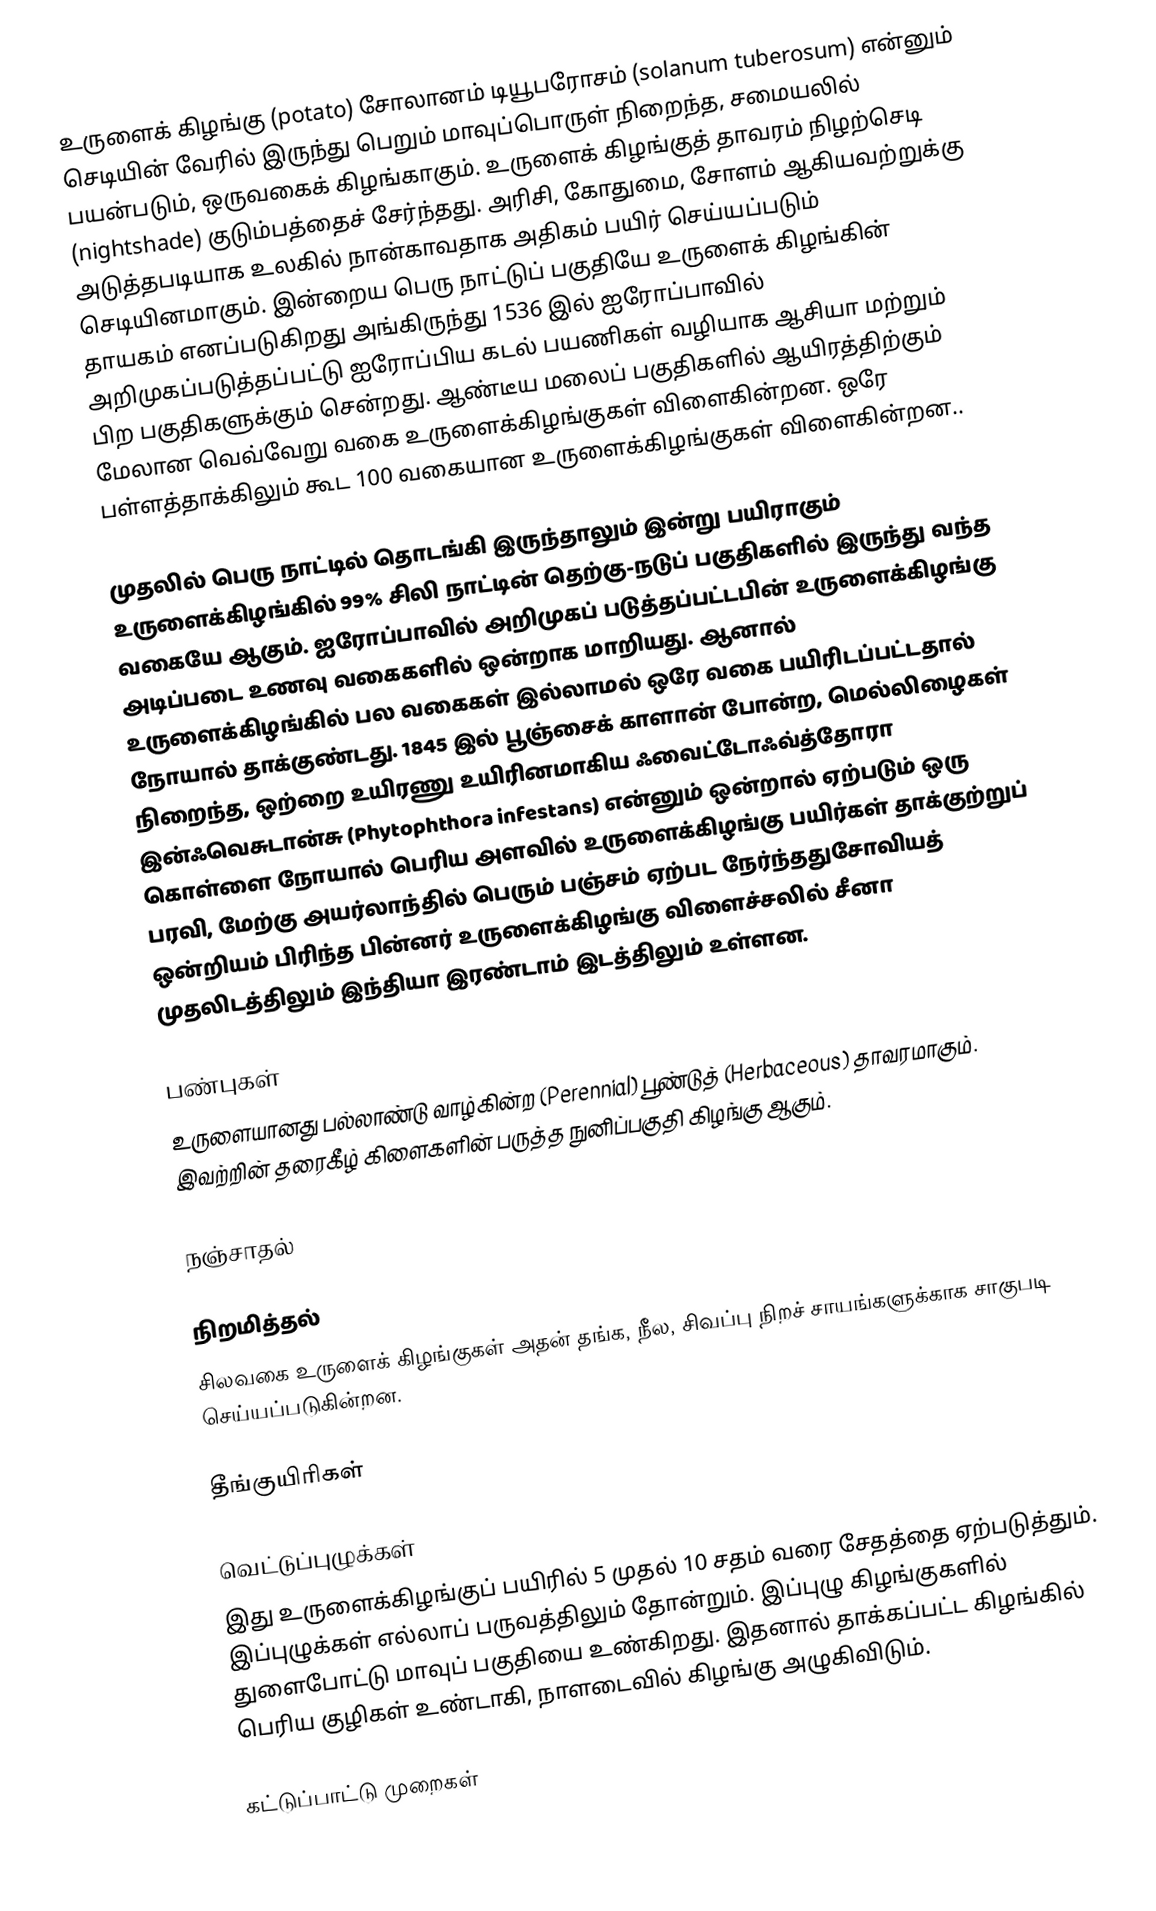
உருளைக் கிழங்கு (potato) சோலானம் டியூபரோசம் (solanum tuberosum) என்னும் செடியின் வேரில் இருந்து பெறும் மாவுப்பொருள் நிறைந்த, சமையலில் பயன்படும், ஒருவகைக் கிழங்காகும். உருளைக் கிழங்குத் தாவரம் நிழற்செடி (nightshade) குடும்பத்தைச் சேர்ந்தது. அரிசி, கோதுமை, சோளம் ஆகியவற்றுக்கு அடுத்தபடியாக உலகில் நான்காவதாக அதிகம்  பயிர் செய்யப்படும் செடியினமாகும். இன்றைய பெரு நாட்டுப் பகுதியே உருளைக் கிழங்கின் தாயகம் எனப்படுகிறது அங்கிருந்து 1536 இல் ஐரோப்பாவில் அறிமுகப்படுத்தப்பட்டு ஐரோப்பிய கடல் பயணிகள் வழியாக ஆசியா மற்றும் பிற பகுதிகளுக்கும் சென்றது. ஆண்டீய மலைப் பகுதிகளில் ஆயிரத்திற்கும் மேலான வெவ்வேறு வகை உருளைக்கிழங்குகள் விளைகின்றன. ஒரே பள்ளத்தாக்கிலும் கூட 100 வகையான உருளைக்கிழங்குகள் விளைகின்றன..

முதலில் பெரு நாட்டில் தொடங்கி இருந்தாலும் இன்று பயிராகும் உருளைக்கிழங்கில் 99% சிலி நாட்டின் தெற்கு-நடுப் பகுதிகளில் இருந்து வந்த வகையே ஆகும். ஐரோப்பாவில் அறிமுகப் படுத்தப்பட்டபின் உருளைக்கிழங்கு அடிப்படை உணவு வகைகளில் ஒன்றாக மாறியது. ஆனால் உருளைக்கிழங்கில் பல வகைகள் இல்லாமல் ஒரே வகை பயிரிடப்பட்டதால் நோயால் தாக்குண்டது. 1845 இல் பூஞ்சைக் காளான் போன்ற, மெல்லிழைகள் நிறைந்த, ஒற்றை உயிரணு உயிரினமாகிய ஃவைட்டோஃவ்த்தோரா இன்ஃவெசுடான்சு (Phytophthora infestans) என்னும் ஒன்றால் ஏற்படும் ஒரு கொள்ளை நோயால் பெரிய அளவில் உருளைக்கிழங்கு பயிர்கள் தாக்குற்றுப் பரவி, மேற்கு அயர்லாந்தில் பெரும் பஞ்சம் ஏற்பட நேர்ந்ததுசோவியத் ஒன்றியம் பிரிந்த பின்னர் உருளைக்கிழங்கு விளைச்சலில் சீனா முதலிடத்திலும் இந்தியா இரண்டாம் இடத்திலும் உள்ளன.

பண்புகள்
உருளையானது பல்லாண்டு வாழ்கின்ற (Perennial) பூண்டுத் (Herbaceous) தாவரமாகும். இவற்றின் தரைகீழ் கிளைகளின் பருத்த நுனிப்பகுதி கிழங்கு ஆகும்.

நஞ்சாதல்

நிறமித்தல்
சிலவகை உருளைக் கிழங்குகள் அதன் தங்க, நீல, சிவப்பு நிறச் சாயங்களுக்காக சாகுபடி செய்யப்படுகின்றன.

தீங்குயிரிகள்

வெட்டுப்புழுக்கள்
இது உருளைக்கிழங்குப் பயிரில் 5 முதல் 10 சதம் வரை சேதத்தை ஏற்படுத்தும். இப்புழுக்கள் எல்லாப் பருவத்திலும் தோன்றும். இப்புழு கிழங்குகளில்  துளைபோட்டு மாவுப் பகுதியை உண்கிறது. இதனால் தாக்கப்பட்ட கிழங்கில் பெரிய குழிகள் உண்டாகி, நாளடைவில் கிழங்கு அழுகிவிடும்.

கட்டுப்பாட்டு முறைகள்